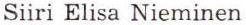
Siiri Elisa Nieminen